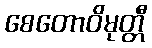
စေတောဝိမုတ္တီ